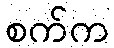
စက်က